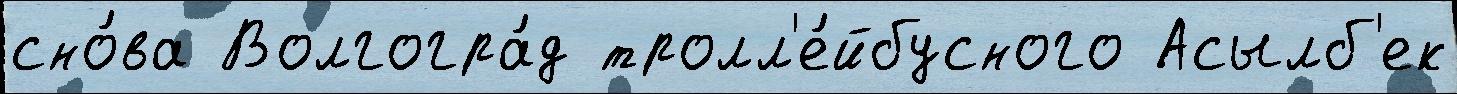
сно́ва Волгогра́д тролл'е́йбусного Асылб'ек